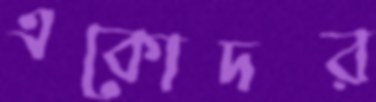
একোদর